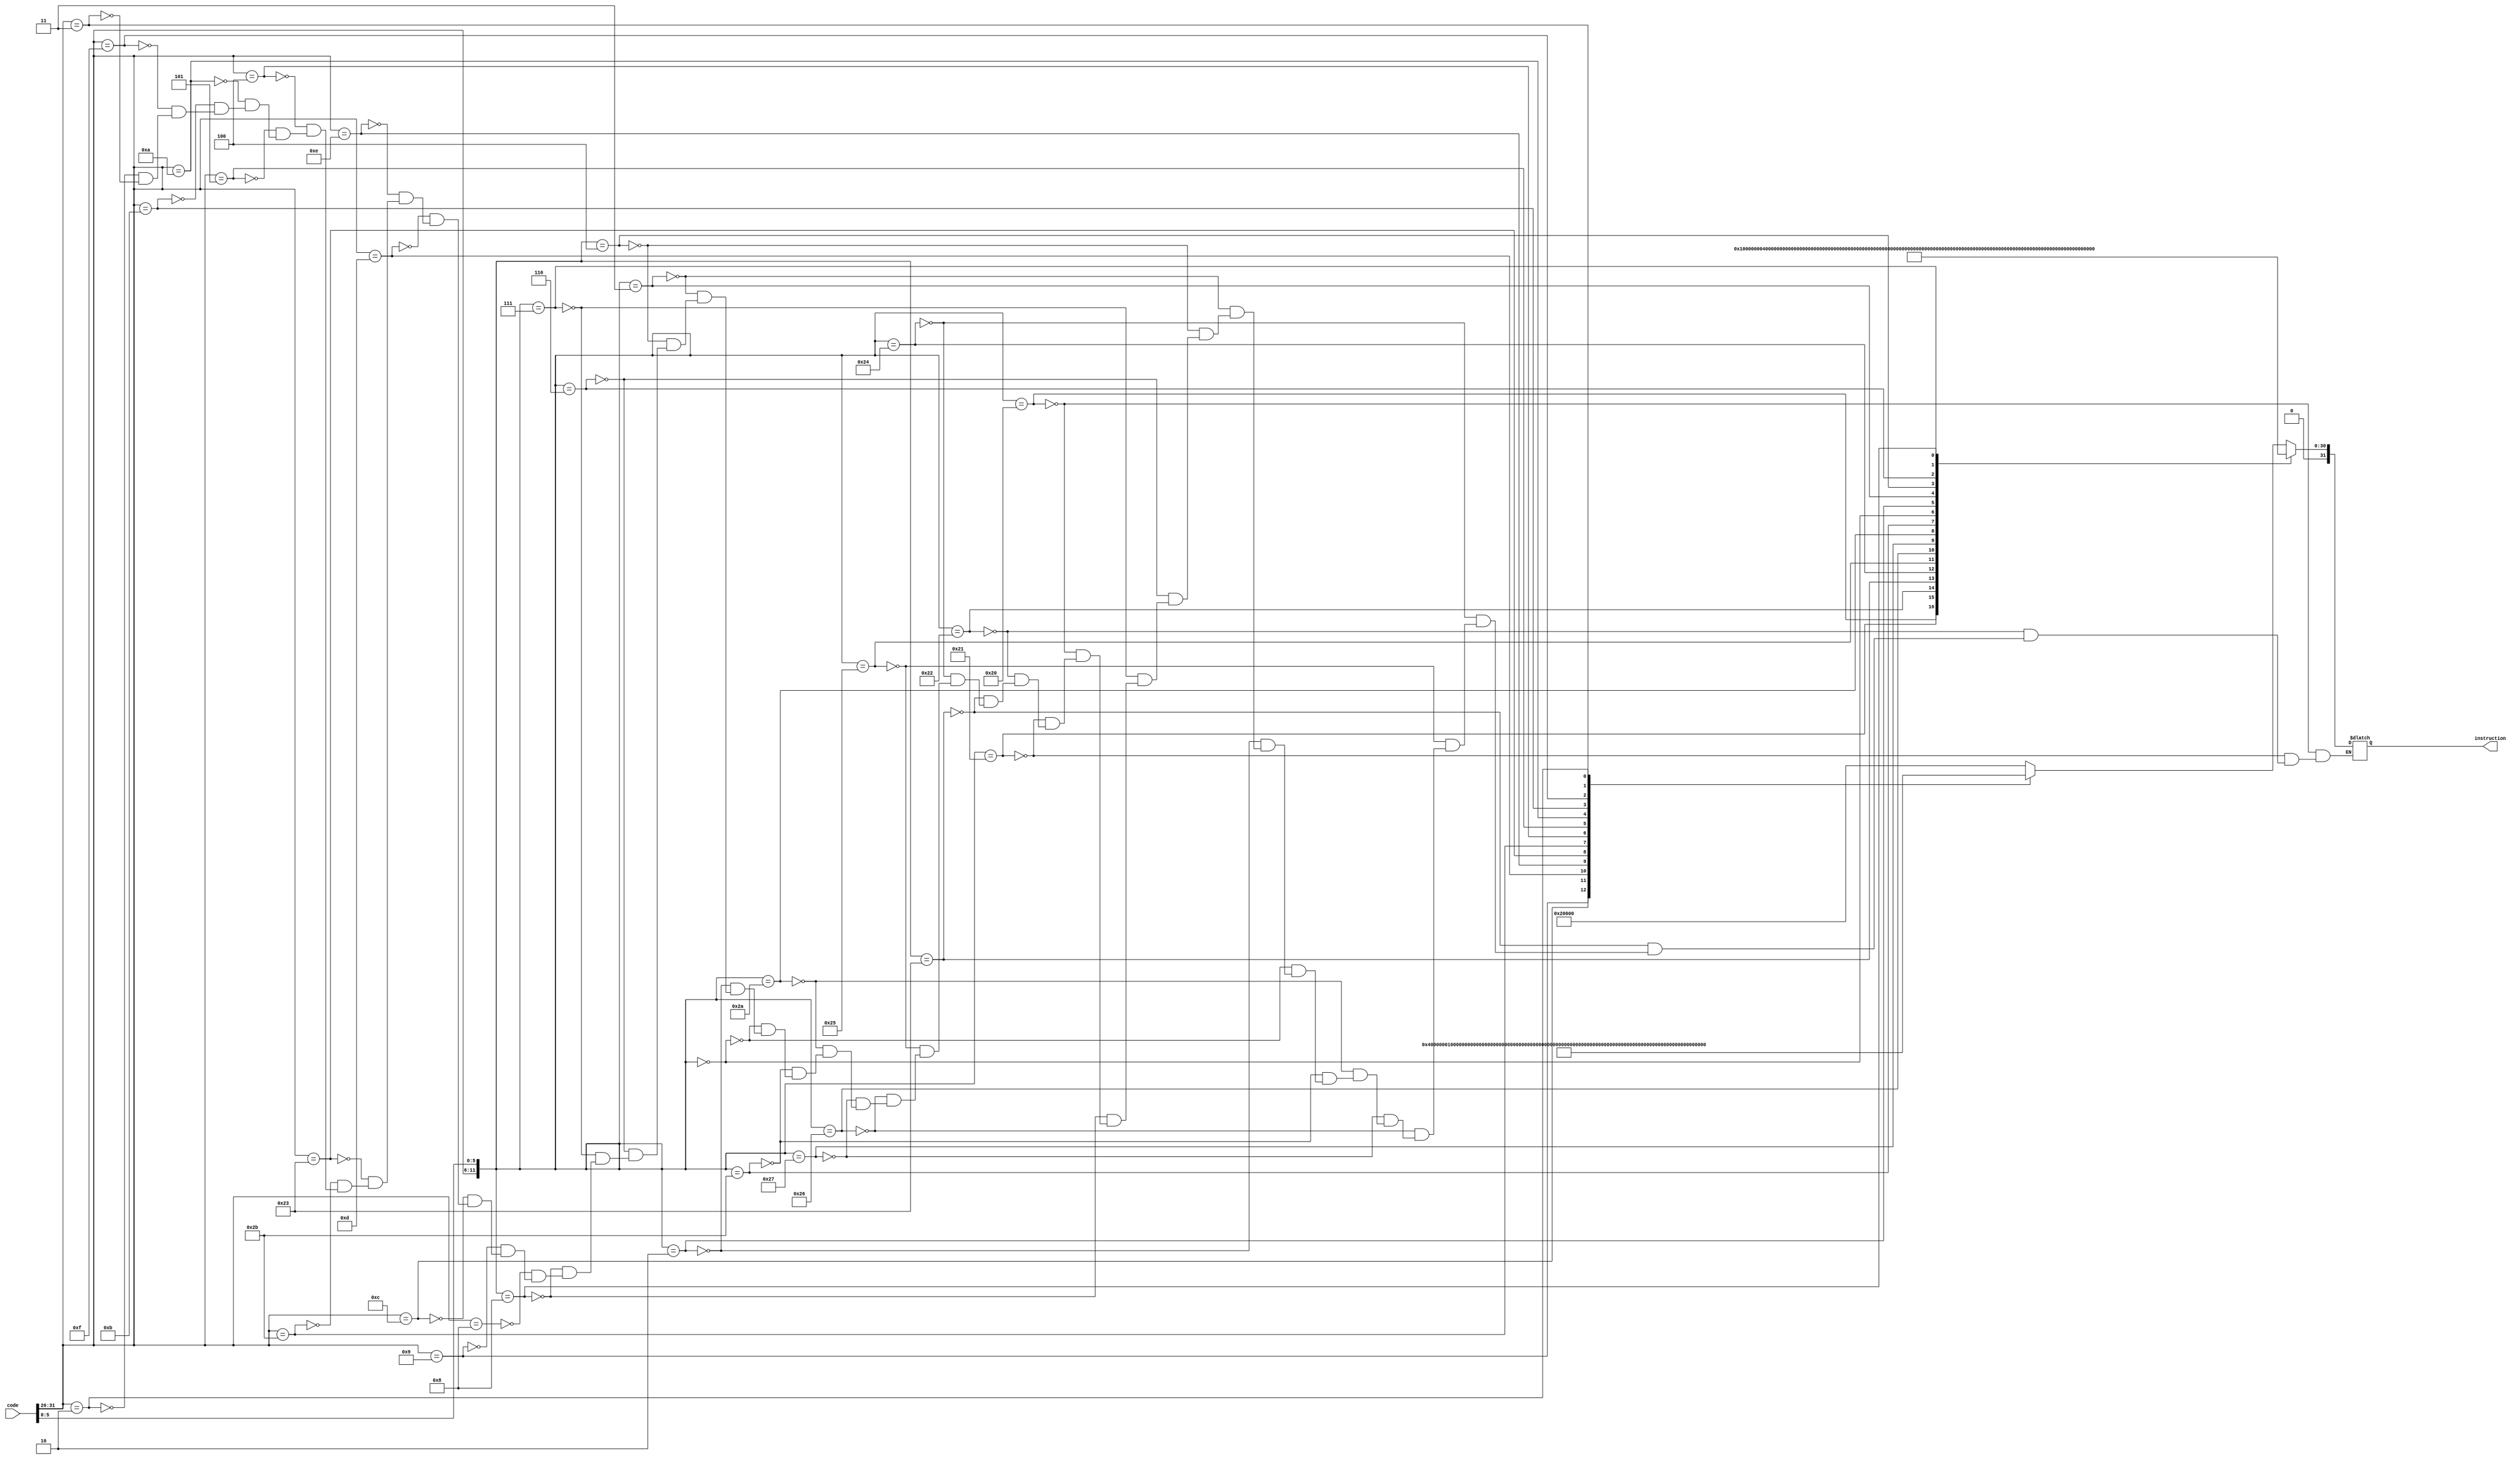
`timescale 1ns / 1ps
//////////////////////////////////////////////////////////////////////////////////
// Company: 
// Engineer: 
// 
// Design Name: 
// Module Name: dec
// Project Name: 
// Target Devices: 
// Tool Versions: 
// Description: 
// 
// Dependencies: 
// 
// Revision:
// Revision 0.01 - File Created
// Additional Comments:
// 
//////////////////////////////////////////////////////////////////////////////////
`define ADD 32'b00000000000000000000000000000001
`define ADDU 32'b00000000000000000000000000000010
`define SUB 32'b00000000000000000000000000000100
`define SUBU 32'b00000000000000000000000000001000
`define AND 32'b00000000000000000000000000010000
`define OR 32'b00000000000000000000000000100000
`define XOR 32'b00000000000000000000000001000000
`define NOR 32'b00000000000000000000000010000000
`define SLT 32'b00000000000000000000000100000000
`define SLTU 32'b00000000000000000000001000000000
`define SLL 32'b00000000000000000000010000000000
`define SRL 32'b00000000000000000000100000000000
`define SRA 32'b00000000000000000001000000000000
`define SLLV 32'b00000000000000000010000000000000
`define SRLV 32'b00000000000000000100000000000000
`define SRAV 32'b00000000000000001000000000000000
`define JR 32'b00000000000000010000000000000000
`define ADDI 32'b00000000000000100000000000000000
`define ADDIU 32'b00000000000001000000000000000000
`define ANDI 32'b00000000000010000000000000000000
`define ORI 32'b00000000000100000000000000000000
`define XORI 32'b00000000001000000000000000000000
`define LW 32'b00000000010000000000000000000000
`define SW 32'b00000000100000000000000000000000
`define BEQ 32'b00000001000000000000000000000000
`define BNE 32'b00000010000000000000000000000000
`define SLTI 32'b00000100000000000000000000000000
`define SLTIU 32'b00001000000000000000000000000000
`define LUI 32'b00010000000000000000000000000000
`define J 32'b0010_0000_0000_0000_0000_0000_0000_0000
`define JAL 32'b0100_0000_0000_0000_0000_0000_0000_0000

module dec(
    input [31:0] code,
    output reg [31:0] instruction
    );
    wire [11:0]temp;
    //func and op to determine the instruction
    assign temp ={code[31:26],code[5:0]};
    
    always@(*)begin
        case(temp)
            12'b000000100000: instruction = `ADD;
            12'b000000100001: instruction = `ADDU;
            12'b000000100010: instruction = `SUB;
            12'b000000100011: instruction = `SUBU;
            12'b000000100100: instruction = `AND;
            12'b000000100101: instruction = `OR;
            12'b000000100110: instruction = `XOR;
            12'b000000100111: instruction = `NOR;
            12'b000000101010: instruction = `SLT;
            12'b000000101011: instruction = `SLTU;
            12'b000000000000: instruction = `SLL;
            12'b000000000010: instruction = `SRL;
            12'b000000000011: instruction = `SRA;
            12'b000000000100: instruction = `SLLV;
            12'b000000000110: instruction = `SRLV;
            12'b000000000111: instruction = `SRAV;
            12'b000000001000: instruction = `JR;
            default: begin
            case(temp[11:6])
            6'b001000: instruction = `ADDI;
            6'b001001: instruction = `ADDIU;
            6'b001100: instruction = `ANDI;
            6'b001101: instruction = `ORI;
            6'b001110: instruction = `XORI;
            6'b100011: instruction = `LW;
            6'b101011: instruction = `SW;
            6'b000100: instruction = `BEQ;
            6'b000101: instruction = `BNE;
            6'b001010: instruction = `SLTI;
            6'b001011: instruction = `SLTIU;
            6'b001111: instruction = `LUI;
            6'b000010: instruction = `J;
            6'b000011: instruction = `JAL;
            default : ; 
            endcase
            end
        endcase
    end
endmodule